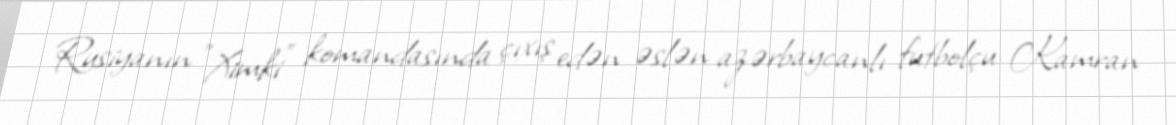
Rusiyanın "Ximki" komandasında çıxış edən əslən azərbaycanlı futbolçu Kamran